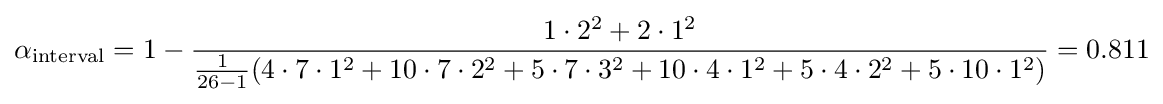
\alpha _{\text{interval}}=1-{\frac {1\cdot 2^{2}+2\cdot 1^{2}}{{\frac {1}{26-1}}(4\cdot 7\cdot 1^{2}+10\cdot 7\cdot 2^{2}+5\cdot 7\cdot 3^{2}+10\cdot 4\cdot 1^{2}+5\cdot 4\cdot 2^{2}+5\cdot 10\cdot 1^{2})}}=0.811